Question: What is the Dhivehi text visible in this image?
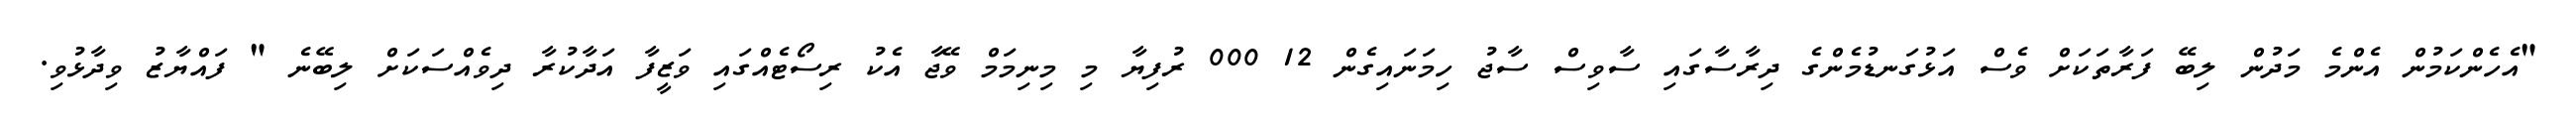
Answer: "އެހެންކަމުން އެންމެ މަދުން ލިބޭ ފަރާތަކަށް ވެސް އަޅުގަނޑުމެންގެ ދިރާސާގައި ސާވިސް ސާޖު ހިމަނައިގެން 12 000 ރުފިޔާ މި މިނިމަމް ވޭޖާ އެކު ރިސޯޓެއްގައި ވަޒީފާ އަދާކުރާ ދިވެއްސަކަށް ލިބޭނެ " ފައްޔާޒު ވިދާޅުވި.